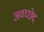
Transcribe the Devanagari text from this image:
अवच्छेद